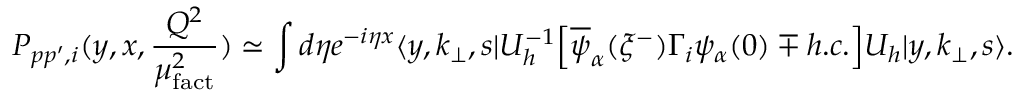
{ \cal P } _ { p p ^ { \prime } , i } ( y , x , { \frac { Q ^ { 2 } } { \mu _ { \mathrm { f a c t } } ^ { 2 } } } ) \simeq \int d \eta e ^ { - i \eta x } \langle y , k _ { \bot } , s | U _ { h } ^ { - 1 } \Big [ \overline { { { \psi } } } _ { \alpha } ( \xi ^ { - } ) \Gamma _ { i } \psi _ { \alpha } ( 0 ) \mp h . c . \Big ] U _ { h } | y , k _ { \bot } , s \rangle .